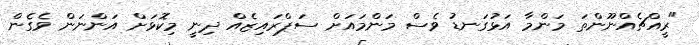
"ރީއްޗެއްނޫންތަ މަންމާ އަޅުގަނޑު ވެސް މަންމައަށް ސަޕްރައިޒެއް ދިނީ މިކޮޅަށް އަންނަން ވެގެން